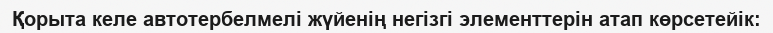
Қорыта келе автотербелмелі жүйенің негізгі элементтерін атап көрсетейік: